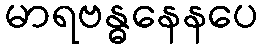
မာရဗန္ဓနေနပေ